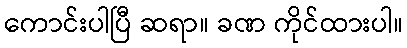
ကောင်းပါပြီ ဆရာ။ ခဏ ကိုင်ထားပါ။